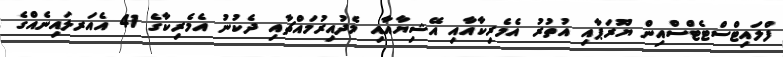
ފްލައިޓްސްޓެޓްސްއިން ޔޫރަޕާއި އުތުރު އެމެރިކާއާއި އޭޝިޔާއާއި މެދުއިރުމައްޗާއި ދެކުނު އެމެރިކާގެ 41 އެއަރލައިނެއްގެ